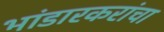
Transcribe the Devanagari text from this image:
भांडारकरांचा